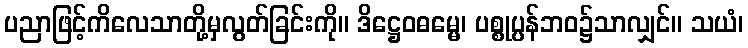
ပညာဖြင့်ကိလေသာတို့မှလွတ်ခြင်းကို။ ဒိဋ္ဌေဝဓမ္မေ၊ ပစ္စုပ္ပန်ဘဝ၌သာလျှင်။ သယံ၊